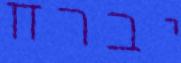
יברח